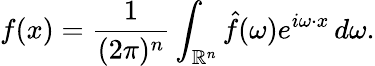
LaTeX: f(x)={\frac{1}{(2\pi)^{n}}}\int_{\mathbb{R}^{n}}{\hat{f}}(\omega)e^{i\omega\cdot x}\, d\omega.